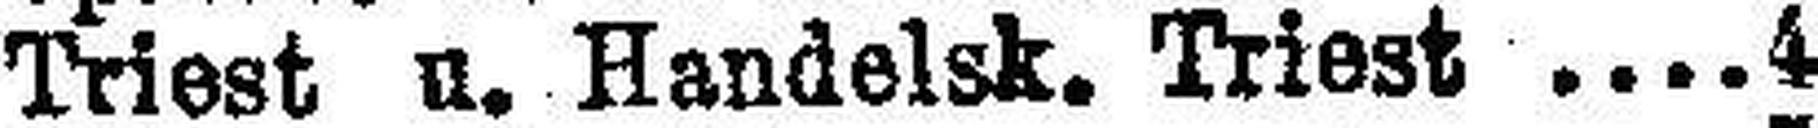
Triest u. Handelsk. Triest 4